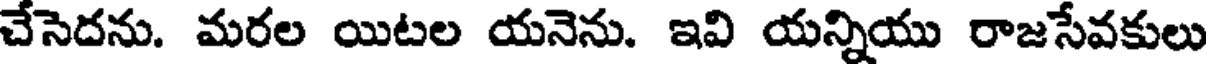
చేసెదను. మరల యిటల యనెను. ఇవి యన్నియు రాజసేవకులు